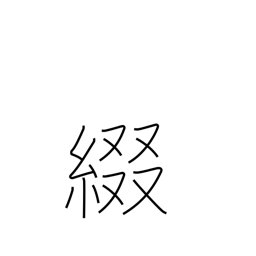
Meaning: spell